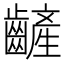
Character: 𪙞